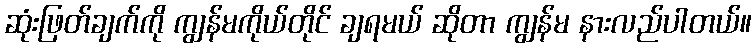
ဆုံးဖြတ်ချက်ကို ကျွန်မကိုယ်တိုင် ချရမယ် ဆိုတာ ကျွန်မ နားလည်ပါတယ်။